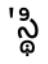
'స్థి